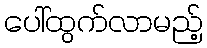
ပေါ်ထွက်လာမည့်